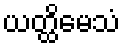
ယတ္ထိမေသံ